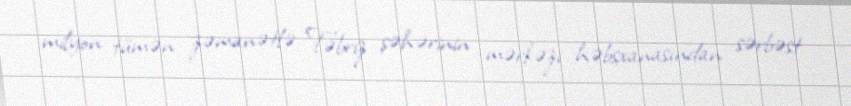
milyon tümən zəmanətlə Təbriz şəhərinin mərkəzi həbsxanasından sərbəst